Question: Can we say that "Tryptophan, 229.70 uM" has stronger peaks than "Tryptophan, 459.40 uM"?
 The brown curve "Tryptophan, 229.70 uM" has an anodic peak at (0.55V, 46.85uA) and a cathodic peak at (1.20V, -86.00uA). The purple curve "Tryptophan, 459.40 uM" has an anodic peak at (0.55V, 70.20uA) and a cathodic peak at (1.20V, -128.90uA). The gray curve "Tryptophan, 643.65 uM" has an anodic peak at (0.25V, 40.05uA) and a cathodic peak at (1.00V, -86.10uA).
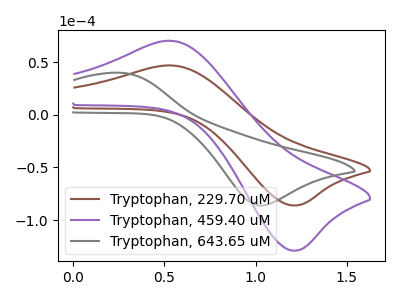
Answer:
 <answer>Every peak in "Tryptophan, 229.70 uM" is lower than every peak in "Tryptophan, 459.40 uM".</answer>
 <eval>lower</eval>